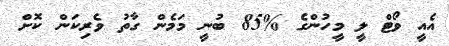
އެއީ ވޯޓް ލީ މީހުންގެ %85 ބުނީ މަމެން ގާތު ވެރިކަން ކޮށް